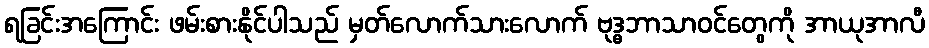
ရခြင်းအကြောင်း ဖမ်းစားနိုင်ပါသည် မှတ်လောက်သားလောက် ဗုဒ္ဓဘာသာဝင်တွေကို အာယုအာလီ